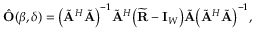
\begin{array} { r } { \hat { \mathbf { O } } ( \boldsymbol { \beta } , \boldsymbol { \delta } ) = \big ( \tilde { \mathbf { A } } ^ { H } \tilde { \mathbf { A } } \big ) ^ { - 1 } \tilde { \mathbf { A } } ^ { H } \big ( \widetilde { \mathbf { R } } - \mathbf { I } _ { W } \big ) \tilde { \mathbf { A } } \big ( \tilde { \mathbf { A } } ^ { H } \tilde { \mathbf { A } } \big ) ^ { - 1 } , } \end{array}